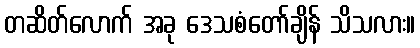
တဆိတ်လောက် အခု ဒေသစံတော်ချိန် သိသလား။